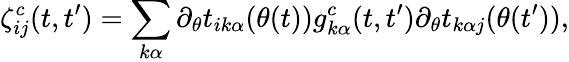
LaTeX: \zeta_{ij}^{c}(t,t^{\prime})=\sum_{k\alpha}\partial_{\theta}t_{ik\alpha}(\theta(t))g_{k\alpha}^{c}(t,t^{\prime})\partial_{\theta}t_{k\alpha j}(\theta(t^{\prime})),